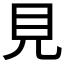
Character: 見